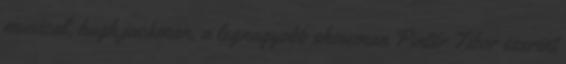
musical, hugh jackman, a legnagyobb showman Pintér Tibor szerint